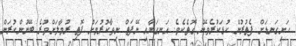
ހަށިގަނޑަށް ފެތުރުން ކުޑަކުރެވޭނެ ގޮތެކެވެ. އަނގަޔާއި ނޭފަތް ނިވާކުރުމަށް ފޮތި ރުމާލަށްވުރެ ބޭނުންކުރަން